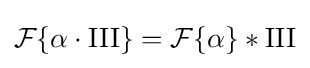
{\mathcal {F}}\{\alpha \cdot \operatorname {III} \}={\mathcal {F}}\{\alpha \}*\operatorname {III}